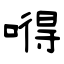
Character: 嘚